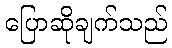
ပြောဆိုချက်သည်